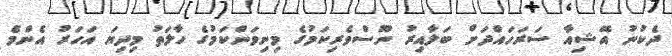
ދެކުނު އޭޝިއާ ސަރަހައްދަށް ބަލާއިރު ނޫސްވެރިކަމުގެ މިނިވަންކަމުގެ ހާލަތު މިދިޔަ އަހަރު އެންމެ